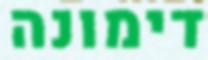
דימונה